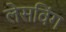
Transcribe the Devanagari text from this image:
लेसविंग